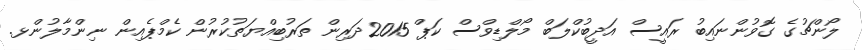
ލޯންޗުގެ ގޮވުންނައިބު ރައީސް އަދީބުކްލަބް މޯލްޑިވްސް ކަޕް 2015ދަރިން ތަރުބިއްޔަތުކުރުން ކެމްޕެއިން ނިންމާލުންޅ.